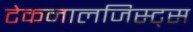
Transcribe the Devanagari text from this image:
टेकनालजिस्ट्‌स